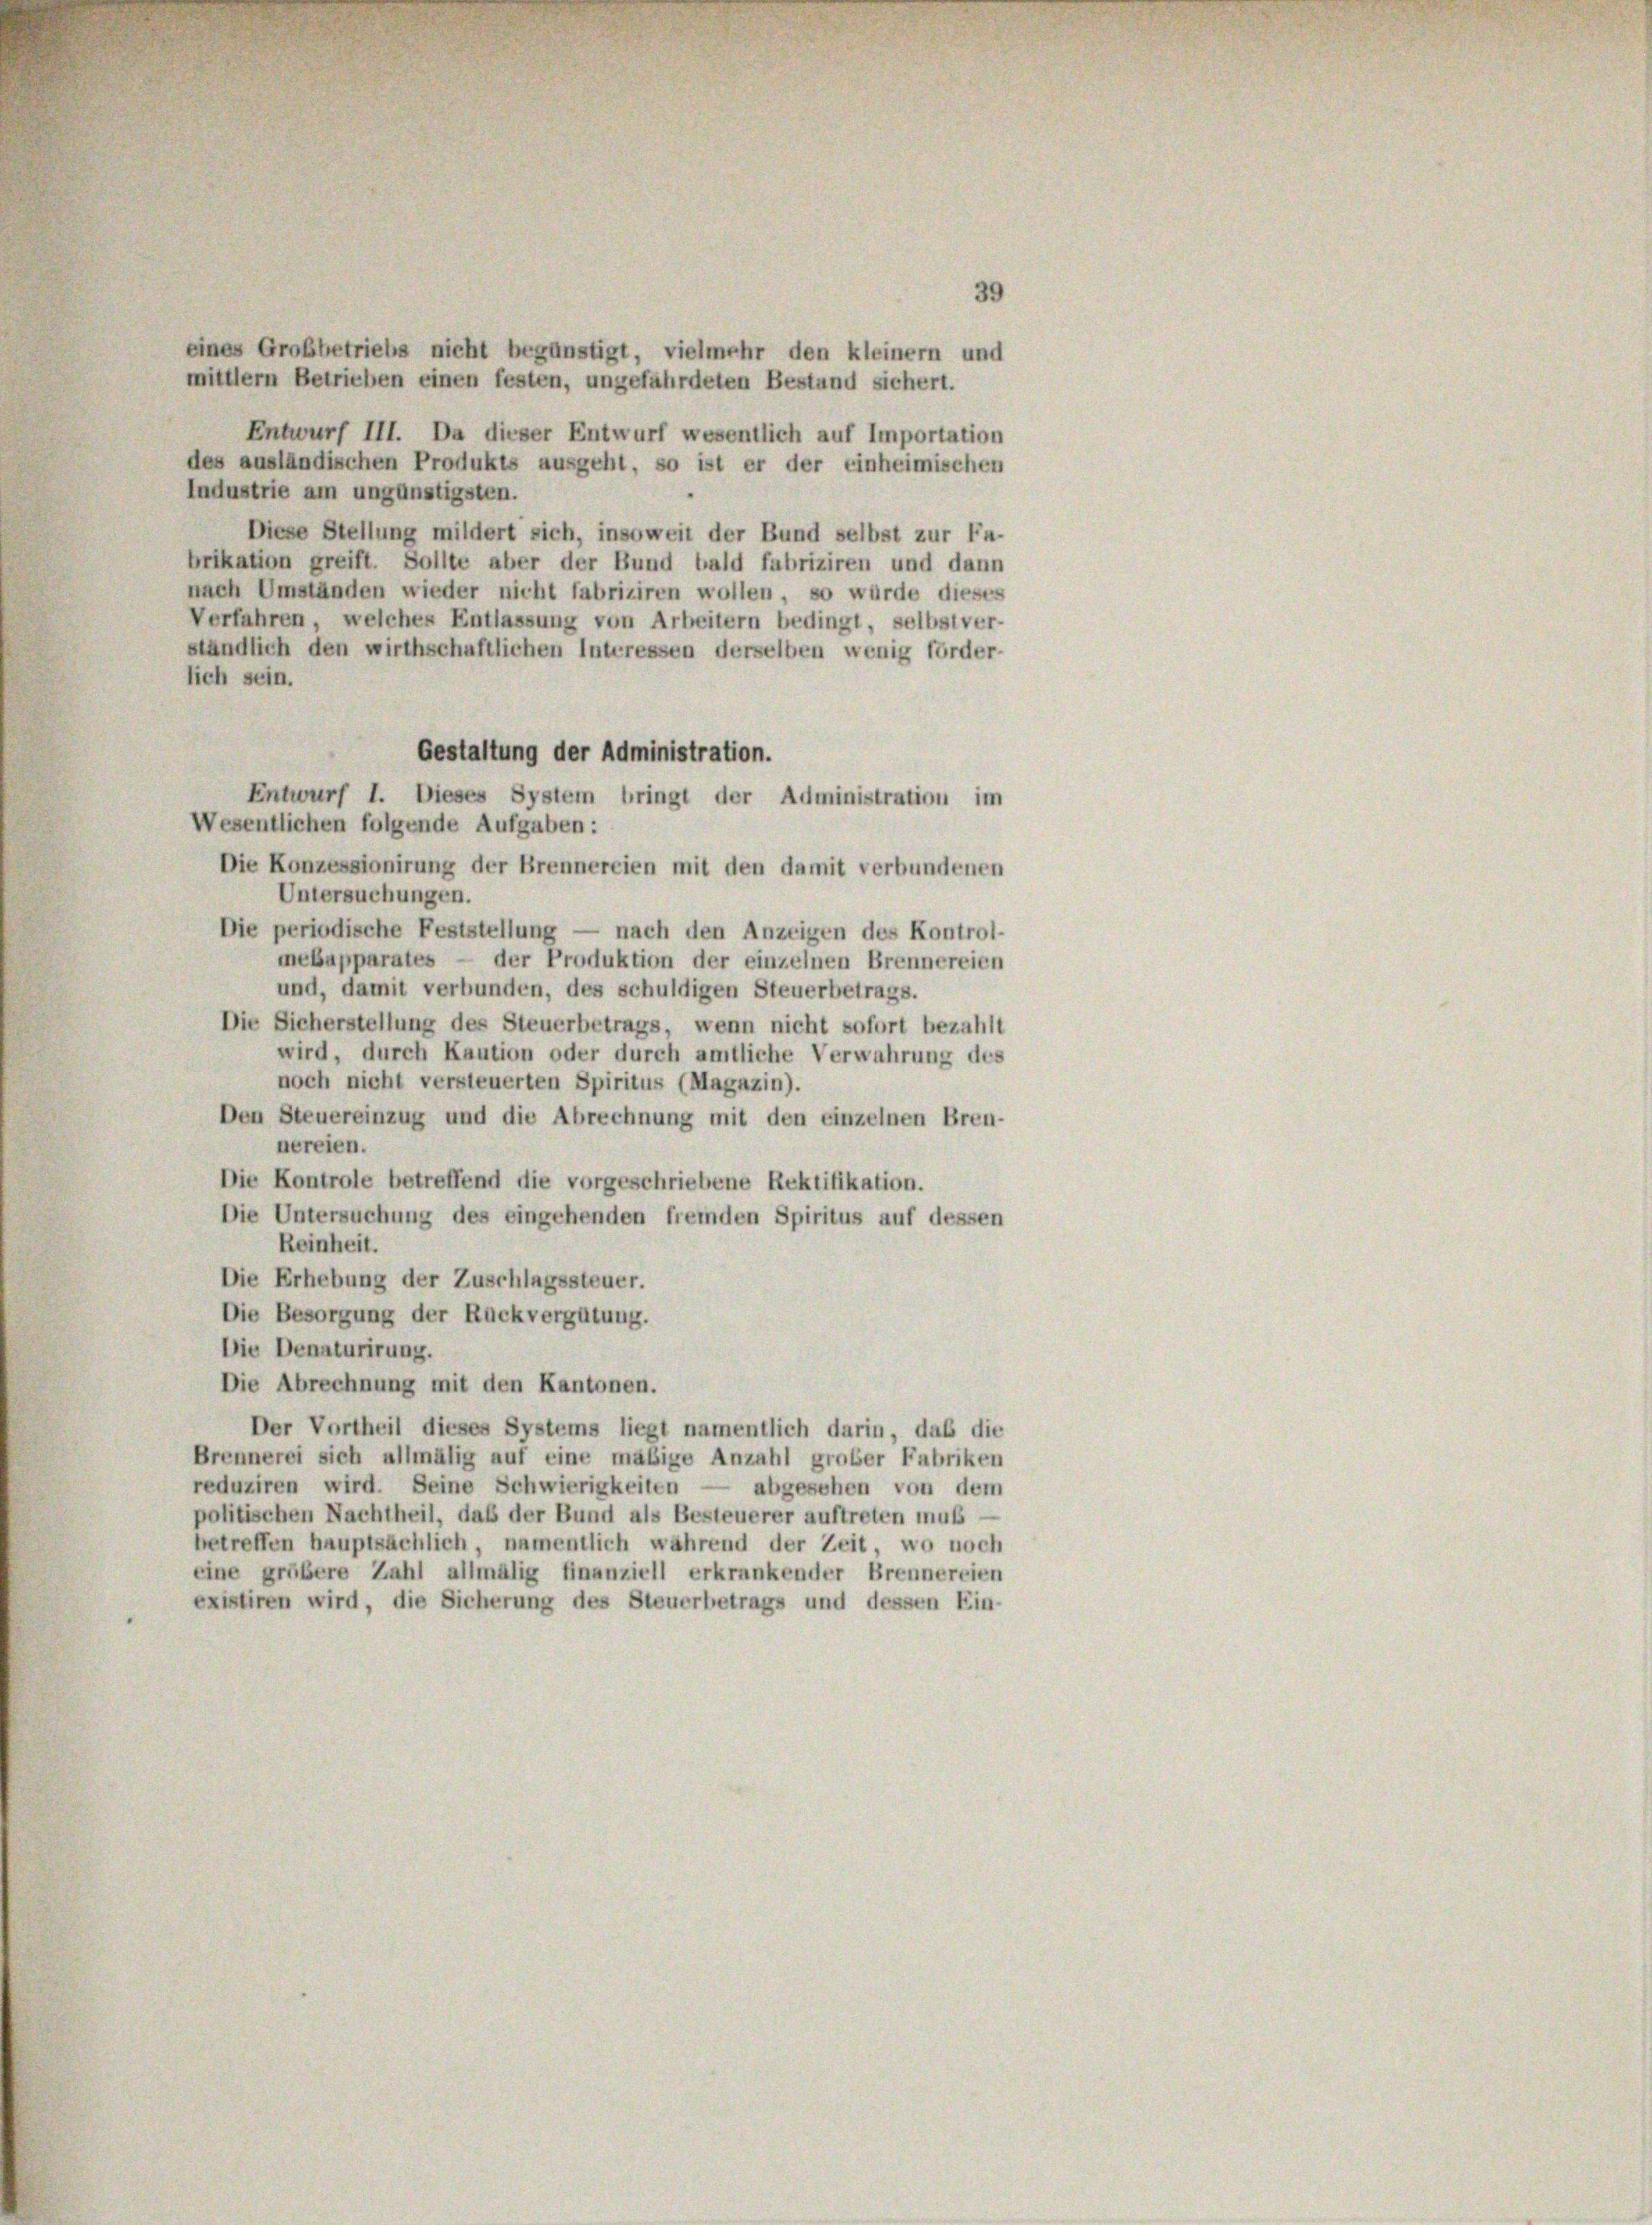
39
eines Großbetriebs nicht begünstigt, vielmehr den kleinern und
mittlern Betrieben einen festen, ungefährdeten Bestand sichert.
Entwurf III. Da dieser Entwurf wesentlich auf Importation
des ausländischen Produkts ausgeht, so ist er der einheimischen
Industrie am ungünstigsten.
Diese Stellung mildert sich, insoweit der Bund selbst zur Fa-
brikation greift. Sollte aber der Bund bald fabriziren und dann
nach Umständen wieder nicht fabriziren wollen, so würde dieses
Verfahren, welches Entlassung von Arbeitern bedingt, selbstver-
ständlich den wirthschaftlichen Interessen derselben wenig förder-
lich sein.
Gestaltung der Administration.
Entwurf I. Dieses System bringt der Administration im
Wesentlichen folgende Aufgaben:
Die Konzessionirung der Brennereien mit den damit verbundenen
Untersuchungen.
Die periodische Feststellung — nach den Anzeigen des Kontrol-
mebapparates — der Produktion der einzelnen Brennereien
und, damit verbunden, des schuldigen Steuerbetrags.
Die Sicherstellung des Steuerbetrags, wenn nicht sofort bezahlt
wird, durch Kaution oder durch amtliche Verwahrung des
noch nicht versteuerten Spiritus (Magazin).
Den Steuereinzug und die Abrechnung mit den einzelnen Bren-
nereien.
Die Kontrole betreffend die vorgeschriebene Rektifikation.
Die Untersuchung des eingehenden fremden Spiritus auf dessen
Reinheit.
Die Erhebung der Zuschlagssteuer.
Die Besorgung der Rückvergütung.
Die Denaturirung.
Die Abrechnung mit den Kantonen.
Der Vortheil dieses Systems liegt namentlich darin, daß die
Brennerei sich allmälig auf eine mäßige Anzahl grober Fabriken
reduziren wird. Seine Schwierigkeiten — abgesehen von dem
politischen Nachtheil, daß der Bund als Besteuerer auftreten muß —
betreffen hauptsächlich, namentlich während der Zeit, wo noch
eine größere Zahl allmälig finanziell erkrankender Brennereien
existiren wird, die Sicherung des Steuerbetrags und dessen Ein-